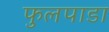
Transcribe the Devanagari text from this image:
फुलपाडा